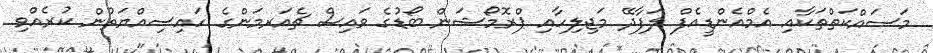
މަސައްކަތްތަކާއި އެމްއެންޑީއެފް ލަފާދޭ މަޖިލިހާއި ޕްރޮމޯޝަން ބޯޑުގެ ވައިސް ޗެއަރމަންގެ ހައިސިއްޔަތުން ކުރެއްވި